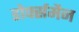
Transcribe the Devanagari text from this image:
डोर्फ्समैन